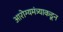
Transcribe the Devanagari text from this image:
आरोग्यमंत्र्याकडून